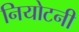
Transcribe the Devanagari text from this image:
नियोटनी